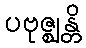
ပဗုဇ္ဈန္တိ